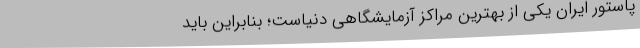
پاستور ایران یکی از بهترین مراکز آزمایشگاهی دنیاست؛ بنابراین باید